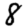
Digit: 8